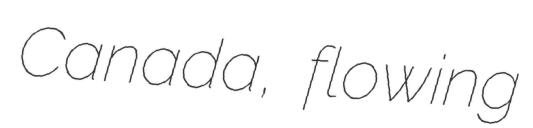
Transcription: Canada, flowing